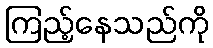
ကြည့်နေသည်ကို